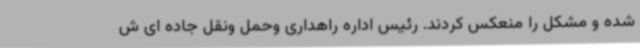
شده و مشکل را منعکس کردند. رئیس اداره راهداری وحمل ونقل جاده ای ش